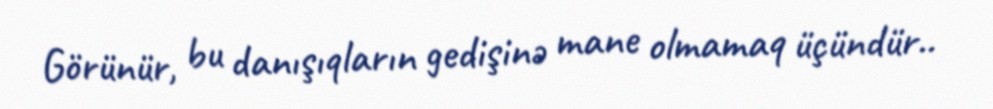
Görünür, bu danışıqların gedişinə mane olmamaq üçündür..